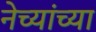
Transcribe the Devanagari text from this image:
नेच्यांच्या